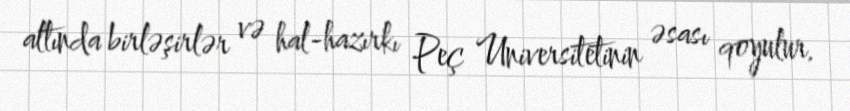
altında birləşirlər və hal-hazırkı Peç Universitetinin əsası qoyulur.